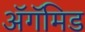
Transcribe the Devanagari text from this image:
ॲगॅमिड